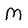
Character: M